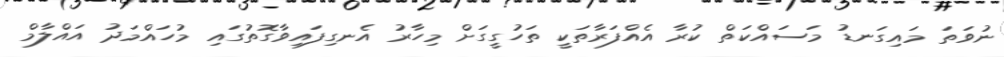
ނުވަތަ މައިގަނޑު މަސައްކަތް ކުރާ އެއްފަރާތަކީ ތަހުގީގަށް މިހާރު އެނގިފައިވާގޮތުގައި މުހައްމަދު އައްލާމް